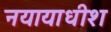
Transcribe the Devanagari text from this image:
नयायाधीश